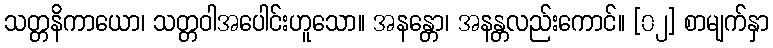
သတ္တနိကာယော၊ သတ္တဝါအပေါင်းဟူသော။ အနန္တော၊ အနန္တလည်းကောင်။ [၀၂] စာမျက်နှာ